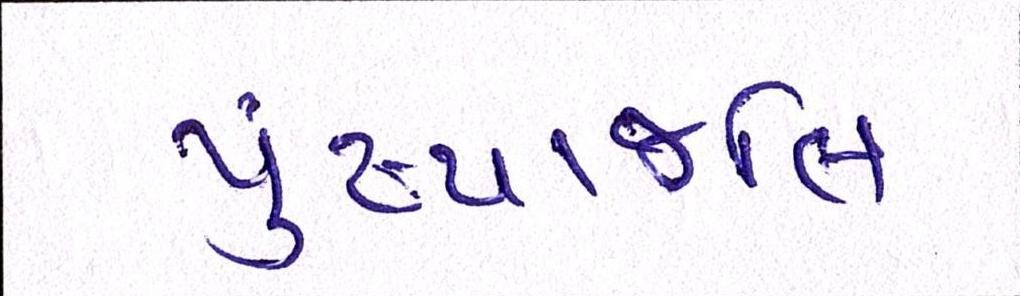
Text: પુંષ્પાજલિ